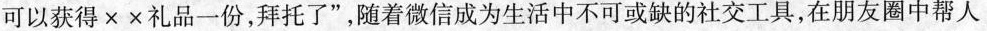
可以获得××礼品一份，拜托了”，随着微信成为生活中不可或缺的社交工具，在朋友圈中帮人